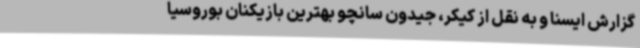
گزارش ایسنا و به نقل از کیکر، جیدون سانچو بهترین بازیکنان بوروسیا